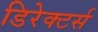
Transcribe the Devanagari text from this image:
डिरेक्टर्स